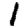
Digit: 1